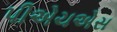
પીએચએસ